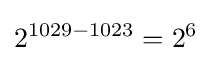
2^{1029-1023}=2^{6}